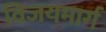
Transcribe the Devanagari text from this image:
विजयमार्ग